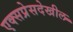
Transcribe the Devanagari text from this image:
एक्सप्रेसदेखील